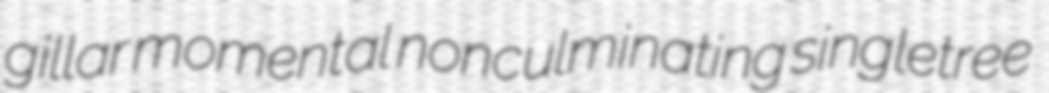
gillar momental nonculminating singletree